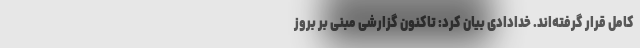
کامل قرار گرفته‌اند. خدادادی بیان کرد: تاکنون گزارشی مبنی بر بروز